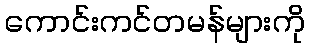
ကောင်းကင်တမန်များကို